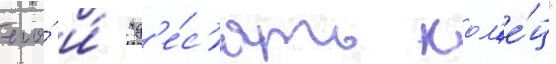
его́ и́ "д'е́с'ять кол'е́ц"